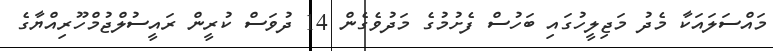
މައްސަލައަކާ މެދު މަޖިލީހުގައި ބަހުސް ފެށުމުގެ މަދުވެގެން 14 ދުވަސް ކުރީން ރައީސުލްޖުމްހޫރިއްޔާގެ